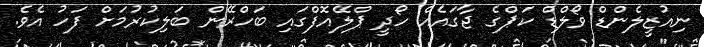
ނިއުޒީލެންޑް ވޯލްޑް ކަޕްގެ ޖާގައެއް ހޯދީ ޕްލޭއޮފްގައި ބަހްރޭން ބަލިކުރުމަށް ފަހު އެވެ.